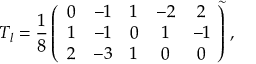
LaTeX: T _ { l } = \frac { 1 } { 8 } \left( \begin{array} { c c c c c } { { 0 } } & { { - 1 } } & { { 1 } } & { { - 2 } } & { { 2 } } \\ { { 1 } } & { { - 1 } } & { { 0 } } & { { 1 } } & { { - 1 } } \\ { { 2 } } & { { - 3 } } & { { 1 } } & { { 0 } } & { { 0 } } \end{array} \! \right) ^ { \! \! \! \sim } ,